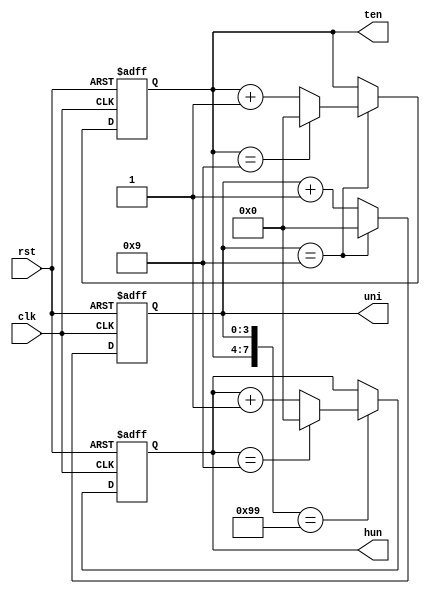
module htu(clk,rst,hun,ten,uni);
input clk,rst;
output [3:0]hun,ten,uni;
reg [3:0]hun,ten,uni;

parameter UL=9;

always @(posedge clk or posedge rst)
begin
 if (rst) ten<=0;
 else 
  if (uni==UL)  ten<=ten==UL ? 0:ten+1;
  else 
   ten<=ten;
end

always @(posedge clk or posedge rst)
begin
 if (rst) uni<=0;
 else
  uni<=uni==UL ? 0:uni+1;
end
always @(posedge clk or posedge rst)
begin
 if (rst) hun<=0;
 else
 if ({ten,uni}=={4'd9,4'd9}) hun<= (hun==9)? 0:hun+1;
 else
 hun <=hun;
 end
 endmodule